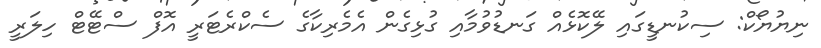
ނިޔުޔޯކް: ސިކުނޑީގައި ލޭކޮޅެއް ގަނޑުވުމާއި ގުޅިގެން އެމެރިކާގެ ސެކްރެޓަރީ އޮފް ސްޓޭޓް ހިލަރީ